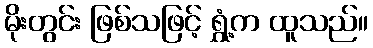
မိုးတွင်း ဖြစ်သဖြင့် ရွှံ့က ထူသည်။